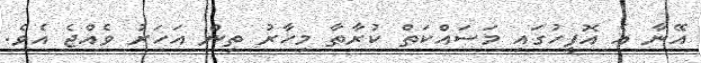
އޭނާ އެ އޮފީހުގައި މަސައްކަތް ކުރާތާ މިހާރު ތިން އަހަރު ވެއްޖެ އެވެ.